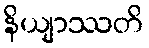
နိယျာဿတိ